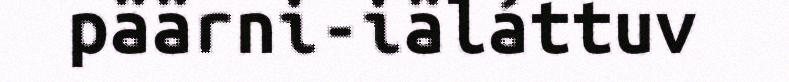
päärni-iäláttuv